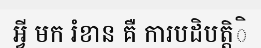
អ្វី មក រំខាន គឺ ការបដិបត្តិិ